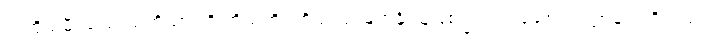
သတို့သမီးသည် သတို့သားကို ကိုယ်တိုင်ကိုယ်ကျ မြတ်နိုးသူဖြစ်၍ လက်ဆောင်ပဏ္ဏာများကိုလည်း